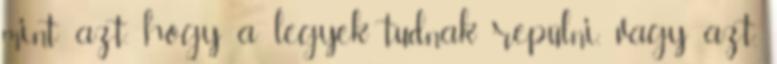
mint azt, hogy a legyek tudnak repülni, vagy azt,